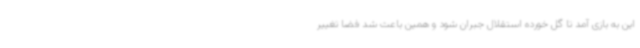
این به بازی آمد تا گل خورده استقلال جبران شود و همین باعث شد فضا تغییر